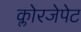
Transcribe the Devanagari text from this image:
क्लोरजेपेट